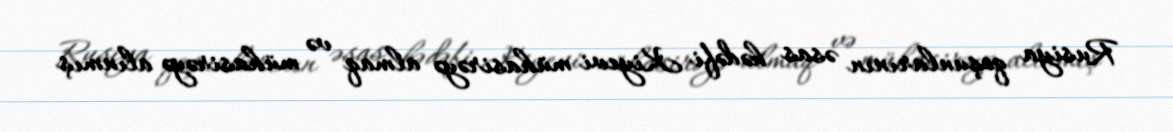
Rusiya qoşunlarının əsas hədəfi Kiyevi mühasirəyə almaq və mühasirəyə alınmış